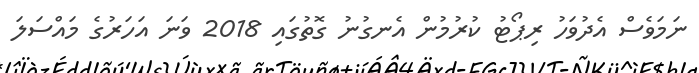
ނަމަވެސް އެދުވަހު ރިޕޯޓު ކުރުމުން އެނގުނު ގޮތުގައި 2018 ވަނަ އަހަރުގެ މައްސަލަ